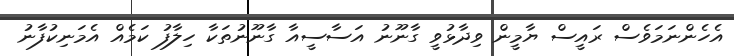
އެހެންނަމަވެސް ރައީސް ޔާމީން ވިދާޅުވީ ގާނޫނު އަސާސީއާ ގާނޫނުތަކާ ހިިލާފު ކަމެއް އެމަނިކުފާނު